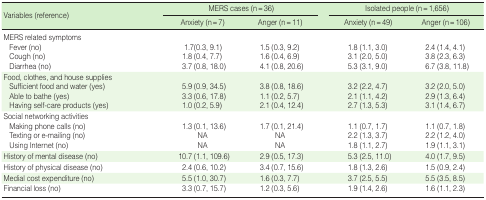
<table><thead><tr><td rowspan="2"><b>Variables (reference)</b></td><td colspan="2"><b>MERS cases (n = 36)</b></td><td colspan="2"><b>Isolated people (n = 1,656)</b></td></tr><tr><td><b>Anxiety (n = 7)</b></td><td><b>Anger (n = 11)</b></td><td><b>Anxiety (n = 49)</b></td><td><b>Anger (n = 106)</b></td></tr></thead><tbody><tr><td>MERS related symptoms</td><td></td><td></td><td></td><td></td></tr><tr><td> Fever (no)</td><td>1.7(0.3, 9.1)</td><td>1.5 (0.3, 9.2)</td><td>1.8 (1.1, 3.0)</td><td>2.4 (1.4, 4.1)</td></tr><tr><td> Cough (no)</td><td>1.8 (0.4, 7.7)</td><td>1.6 (0.4, 6.9)</td><td>3.1 (2.0, 5.0)</td><td>3.8 (2.3, 6.3)</td></tr><tr><td> Diarrhea (no)</td><td>3.7 (0.8, 18.0)</td><td>4.1 (0.8, 20.6)</td><td>5.3 (3.1, 9.0)</td><td>6.7 (3.8, 11.8)</td></tr><tr><td>Food, clothes, and house supplies</td><td></td><td></td><td></td><td></td></tr><tr><td> Sufficient food and water (yes)</td><td>5.9 (0.9, 34.5)</td><td>3.8 (0.8, 18.6)</td><td>3.2 (2.2, 4.7)</td><td>3.2 (2.0, 5.0)</td></tr><tr><td> Able to bathe (yes)</td><td>3.3 (0.6, 17.8)</td><td>1.1 (0.2, 5.7)</td><td>2.1 (1.1, 4.2)</td><td>2.9 (1.3, 6.4)</td></tr><tr><td> Having self-care products (yes)</td><td>1.0 (0.2, 5.9)</td><td>2.1 (0.4, 12.4)</td><td>2.7 (1.3, 5.3)</td><td>3.1 (1.4, 6.7)</td></tr><tr><td>Social networking activities</td><td></td><td></td><td></td><td></td></tr><tr><td> Making phone calls (no)</td><td>1.3 (0.1, 13.6)</td><td>1.7 (0.1, 21.4)</td><td>1.1 (0.7, 1.7)</td><td>1.1 (0.7, 1.8)</td></tr><tr><td> Texting or e-mailing (no)</td><td>NA</td><td>NA</td><td>2.2 (1.3, 3.7)</td><td>2.2 (1.2, 4.0)</td></tr><tr><td> Using Internet (no)</td><td>NA</td><td>NA</td><td>1.8 (1.1, 2.7)</td><td>1.9 (1.1, 3.1)</td></tr><tr><td>History of mental disease (no)</td><td>10.7 (1.1, 109.6)</td><td>2.9 (0.5, 17.3)</td><td>5.3 (2.5, 11.0)</td><td>4.0 (1.7, 9.5)</td></tr><tr><td>History of physical disease (no)</td><td>2.4 (0.6, 10.2)</td><td>3.4 (0.7, 15.6)</td><td>1.8 (1.3, 2.6)</td><td>1.5 (0.9, 2.4)</td></tr><tr><td>Medial cost expenditure (no)</td><td>5.5 (1.0, 30.7)</td><td>1.6 (0.3, 7.7)</td><td>3.7 (2.5, 5.5)</td><td>5.5 (3.5, 8.5)</td></tr><tr><td>Financial loss (no)</td><td>3.3 (0.7, 15.7)</td><td>1.2 (0.3, 5.6)</td><td>1.9 (1.4, 2.6)</td><td>1.6 (1.1, 2.3)</td></tr></tbody></table>